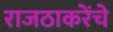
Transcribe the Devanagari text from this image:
राजठाकरेंचे